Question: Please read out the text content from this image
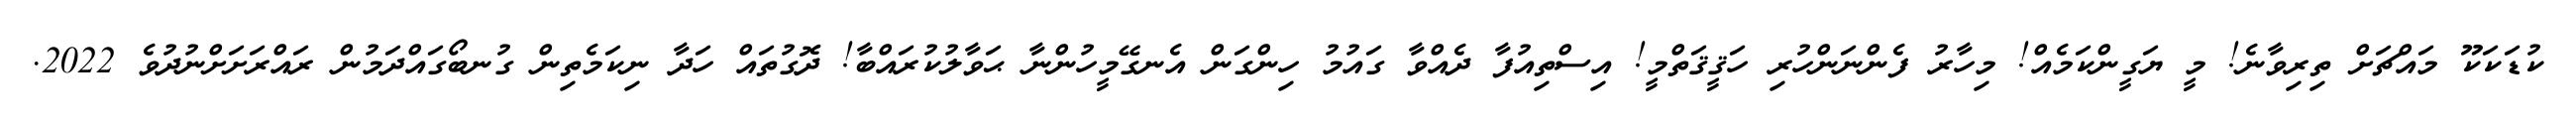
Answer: ކުޑަކަކޫ މައްޗަށް ތިރިވާނެ! މީ ޔަގީންކަމެއް! މިހާރު ފެންނަންހުރި ހަޤީޤަތްމީ! އިސްތިއުފާ ދެއްވާ ގައުމު ހިންގަން އެނގޭމީހުންނާ ޙަވާލުކުރައްބާ! ދޮގުތައް ހަދާ ނިކަމެތިން ގުނބޯގައްދަމުން ރައްރަށަށްނުދުވެ 2022.